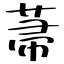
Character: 菷